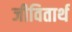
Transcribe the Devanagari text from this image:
जीवितार्थ